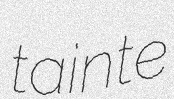
tainte